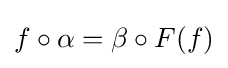
f\circ \alpha =\beta \circ F(f)